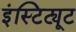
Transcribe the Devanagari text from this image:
इंस्टिट्यूट